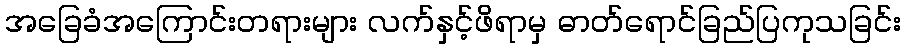
အခြေခံအကြောင်းတရားများ လက်နှင့်ဖိရာမှ ဓာတ်ရောင်ခြည်ပြကုသခြင်း